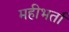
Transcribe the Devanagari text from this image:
महीभर्ता